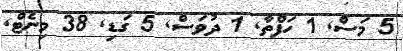
5 މަސް